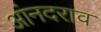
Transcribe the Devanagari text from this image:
आंनदराव